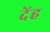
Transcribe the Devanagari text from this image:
देंह